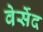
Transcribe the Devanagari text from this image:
वेर्सेद